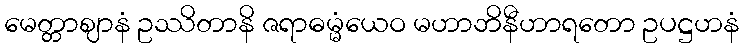
မေတ္တာဈာနံ ဥဿိတာနိ ဇရာဓမ္မံယေဝ မဟာဘိနီဟာရတော ဥပဋ္ဌဟနံ